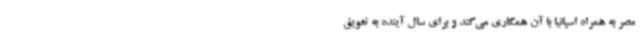
مصر به همراه اسپانیا با آن همکاری می‌کند و برای سال آینده به تعویق